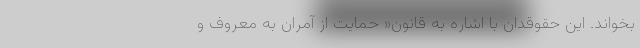
بخواند. این حقوقدان با اشاره به قانون« حمایت از آمران به معروف و